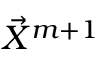
\vec { X } ^ { m + 1 }